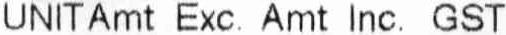
UNIT AMT EXC. AMT INC. GST